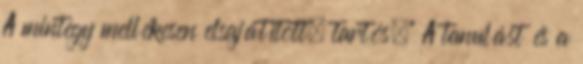
A mintegy mellékesen elsajátított, tartós." A tanulást és a